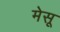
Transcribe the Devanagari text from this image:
मेसू